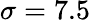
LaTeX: \sigma=7.5